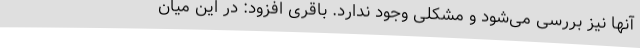
آنها نیز بررسی می‌شود و مشکلی وجود ندارد. باقری افزود: در این میان